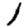
Digit: 1